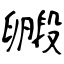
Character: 毈